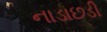
નાડાછડી